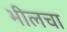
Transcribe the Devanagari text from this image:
भीलचा